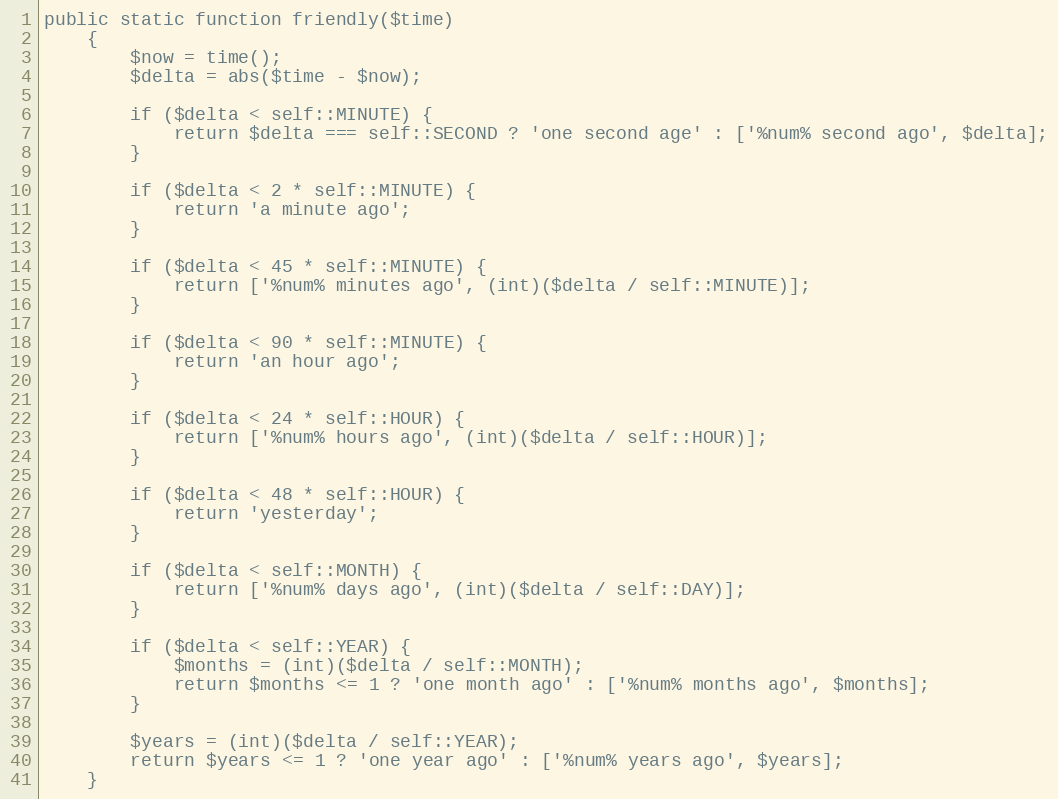
Language: PHP
public static function friendly($time)
    {
        $now = time();
        $delta = abs($time - $now);

        if ($delta < self::MINUTE) {
            return $delta === self::SECOND ? 'one second age' : ['%num% second ago', $delta];
        }

        if ($delta < 2 * self::MINUTE) {
            return 'a minute ago';
        }

        if ($delta < 45 * self::MINUTE) {
            return ['%num% minutes ago', (int)($delta / self::MINUTE)];
        }

        if ($delta < 90 * self::MINUTE) {
            return 'an hour ago';
        }

        if ($delta < 24 * self::HOUR) {
            return ['%num% hours ago', (int)($delta / self::HOUR)];
        }

        if ($delta < 48 * self::HOUR) {
            return 'yesterday';
        }

        if ($delta < self::MONTH) {
            return ['%num% days ago', (int)($delta / self::DAY)];
        }

        if ($delta < self::YEAR) {
            $months = (int)($delta / self::MONTH);
            return $months <= 1 ? 'one month ago' : ['%num% months ago', $months];
        }

        $years = (int)($delta / self::YEAR);
        return $years <= 1 ? 'one year ago' : ['%num% years ago', $years];
    }